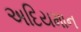
અદિયમાન